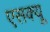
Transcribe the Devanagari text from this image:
एसक्यू